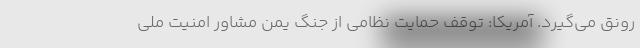
رونق می‌گیرد. آمریکا: توقف حمایت نظامی از جنگ یمن مشاور امنیت ملی